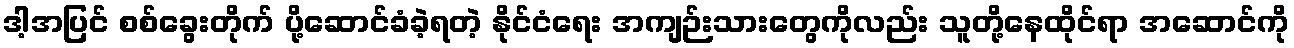
ဒါ့အပြင် စစ်ခွေးတိုက် ပို့ဆောင်ခံခဲ့ရတဲ့ နိုင်ငံရေး အကျဉ်းသားတွေကိုလည်း သူတို့နေထိုင်ရာ အဆောင်ကို